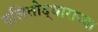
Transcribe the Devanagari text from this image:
दलितोद्धाराच्या